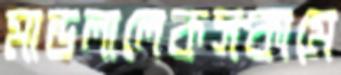
মান্ডলালেকসকামে